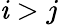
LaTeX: \mathit{i}>j